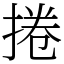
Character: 捲